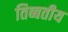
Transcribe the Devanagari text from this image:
तिब्बतीय